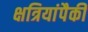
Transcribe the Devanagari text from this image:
क्षत्रियांपैकीं